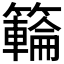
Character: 𥶡